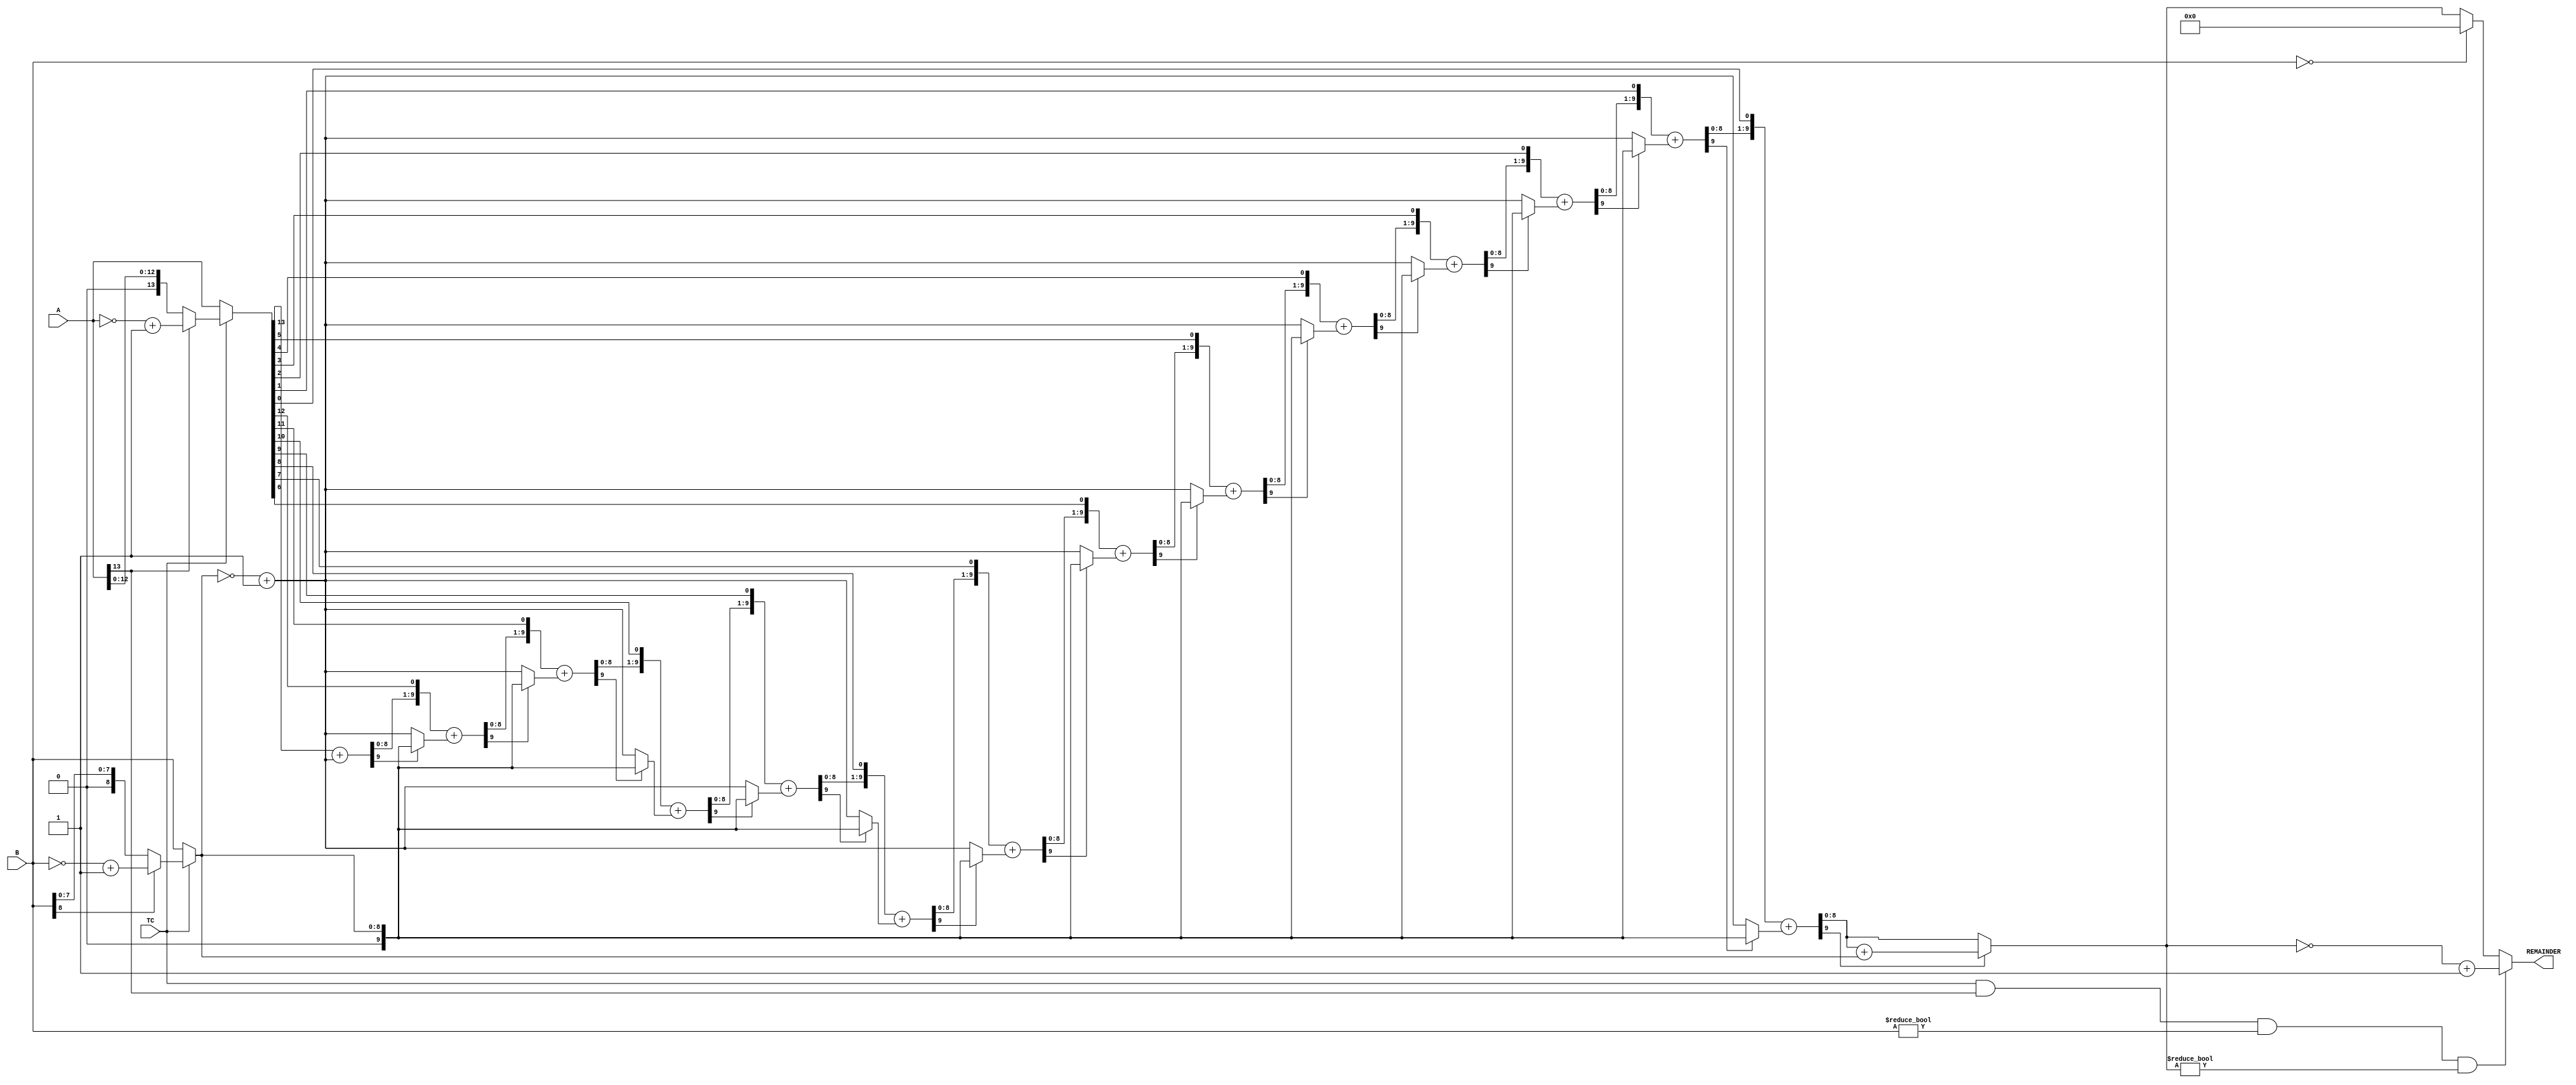


//--------------------------------------------------------------------------------------------------
//
// Title       : DW02_rem.v
// Design      : DW02_rem


//
//-------------------------------------------------------------------------------------------------
// Description :  DW02_rem is a combinational integer divider with REMAINDER output. This component 
// divides the dividend, a, by the divisor, b, to produce the quotient and REMAINDER. The control 
// signal, TC, determines whether the data of the inputs a and b and the outputs quotient and 
// REMAINDER are interpreted as unsigned ( TC is LOW) or signed ( TC is HIGH ) numbers, when the 
// parameter TC_mode is equal to 1.
//
// The REMAINDER output is defined as follows:
// REMAINDER = A - int (A/B) x B
//
//-------------------------------------------------------------------------------------------------

module DW02_rem (A, B, TC, REMAINDER)/* synthesis syn_builtin_du = "weak" */;
  parameter A_width = 14;
  parameter B_width = 9;
  parameter TC_mode = 1;

input [A_width - 1 : 0 ]   A;	
input                      TC;
input [B_width - 1: 0 ]    B;

output [B_width - 1: 0 ]   REMAINDER ;

wire  [A_width - 1 : 0 ]   A;
wire [B_width - 1: 0 ]     B;
wire [B_width - 1: 0 ]     mod;
reg [B_width - 1: 0 ]      REMAINDER;
wire  [A_width - 1 : 0 ]   param1;
wire [B_width - 1: 0 ]     param2;
wire [A_width - 1 : 0 ]    quot;
wire [A_width - 1 : 0 ]    quot_2s;
wire [A_width - 1 : 0 ]    temp ;

//Internal signal assignment
assign param1 = ( TC & TC_mode )? ( A[A_width - 1] ? (~A + 1'b1) : A ) : A; 
assign param2 = ( TC & TC_mode ) ? ( B[B_width - 1] ? (~B + 1'b1) : B ) : B;

`ifdef _synplify_asic_
     assign mod = param1 % param2; 			
`else 
	assign mod =  rem ( param1, param2 ); 

	/* Function to get the quotient. Shift/subtract non-restoring algorithm is implemented*/
function [ B_width - 1 : 0 ] rem;
input [A_width - 1 : 0 ] a;
input [B_width - 1: 0 ] b;

reg [B_width : 0 ] sum;//width = B_width + 1
reg [A_width - 1 : 0 ] dividend;
reg [B_width : 0 ] rem_adjust;
reg [B_width : 0 ] temp_b;
integer i;

begin		
	sum = {B_width{1'b0}};
	dividend = a;
	sum[0] = a[A_width - 1]; //MSB
	dividend = dividend << 1'b1;	 
	temp_b = ~b + 1'b1;
   	sum = sum + temp_b;
	dividend[0] = ~sum[B_width];
	// synthesis loop_limit 2000  
	for ( i = 0 ; i <  A_width - 1'b1 ; i = i + 1'b1 )
		begin
			if ( sum[B_width] )// 1 = -ve, 0 = +ve
				begin
					temp_b = b;
				end
			else
				begin
				    temp_b = ~b + 1'b1;
				end
		    sum = sum << 1'b1;
		    sum[0] = dividend[A_width - 1];
		    dividend = dividend << 1'b1;
		   	sum = sum + temp_b;
			dividend[0] = ~sum[B_width];
		end
	
	rem_adjust = sum[B_width] ? sum + b : sum;//If REMAINDER is -ve add divisor	
	rem = rem_adjust[B_width - 1: 0];
end

endfunction		

`endif 


//Output assignment								
always @( A or B or TC or mod )
	if ((TC == 1) && (TC_mode == 1) && (A[A_width-1] == 1) && (B != 0) && ( mod != 0 ))
	    REMAINDER = ~mod + 1'b1;  //The sign of the result is the sign of A input 
	else if (B == 0)
	    REMAINDER = 0;
	else
	    REMAINDER = mod;

endmodule